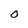
Character: O